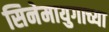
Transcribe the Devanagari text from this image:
सिनेमायुगाच्या